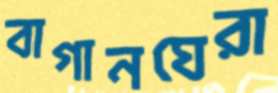
বাগানঘেরা